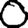
Digit: 0